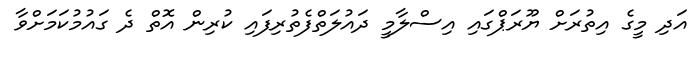
އަދި މީގެ އިތުރަށް ޔޫރަޕްގައި އިސްލާމީ ދައުލަތްފެތުރިފައި ކުރިން އޮތް ދެ ގައުމުކަމަށްވާ